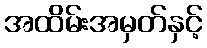
အထိမ်းအမှတ်နှင့်